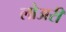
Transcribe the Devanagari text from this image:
लोअरी